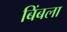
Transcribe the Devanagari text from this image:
बिंबला